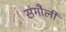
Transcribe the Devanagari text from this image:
संगौली